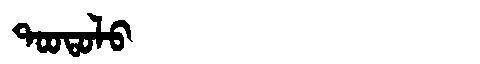
Manchu: ᡨᠣᠣᡨᠣᠯᠣ
Romanization: TOOTOLO